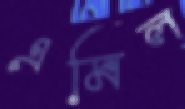
এমিল